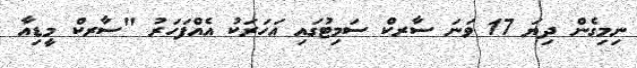
ނިމިގެން ދިޔަ 17 ވަނަ ސާރކް ސަމިޓުގައި އަހަރަކު އެއްފަހަރު "ސާރކް މީޑިއާ